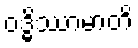
ဝဒ္ဓိဿာမာတိ